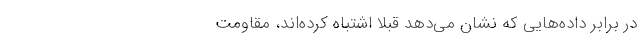
در برابرِ داده‌هایی که نشان می‌دهد قبلاً اشتباه کرده‌اند، مقاومت